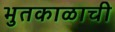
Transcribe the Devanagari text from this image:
भुतकाळाची